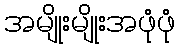
အမျိုးမျိုးအဖုံဖုံ